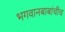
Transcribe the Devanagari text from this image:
भगवानबाबांचीच